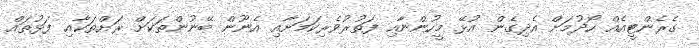
ގެރެންޓީއެއް ހޯދުމަށް އެދިގެން އުޅޭ މީހުންނާއި ފަތުރުވެރިކަމަށާއި އެނޫން ބޭނުންތަކަށް ރަށްތަކާއި ފަޅުތައް